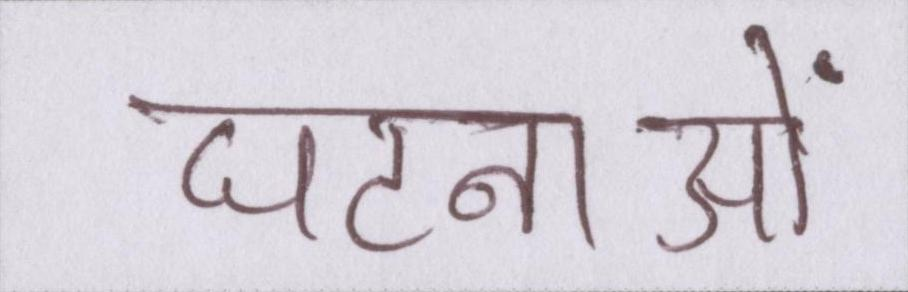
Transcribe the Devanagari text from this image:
घटनाओं